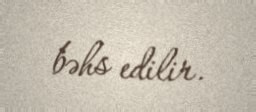
bəhs edilir.